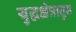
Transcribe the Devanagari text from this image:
युद्धक्षेत्रातुन